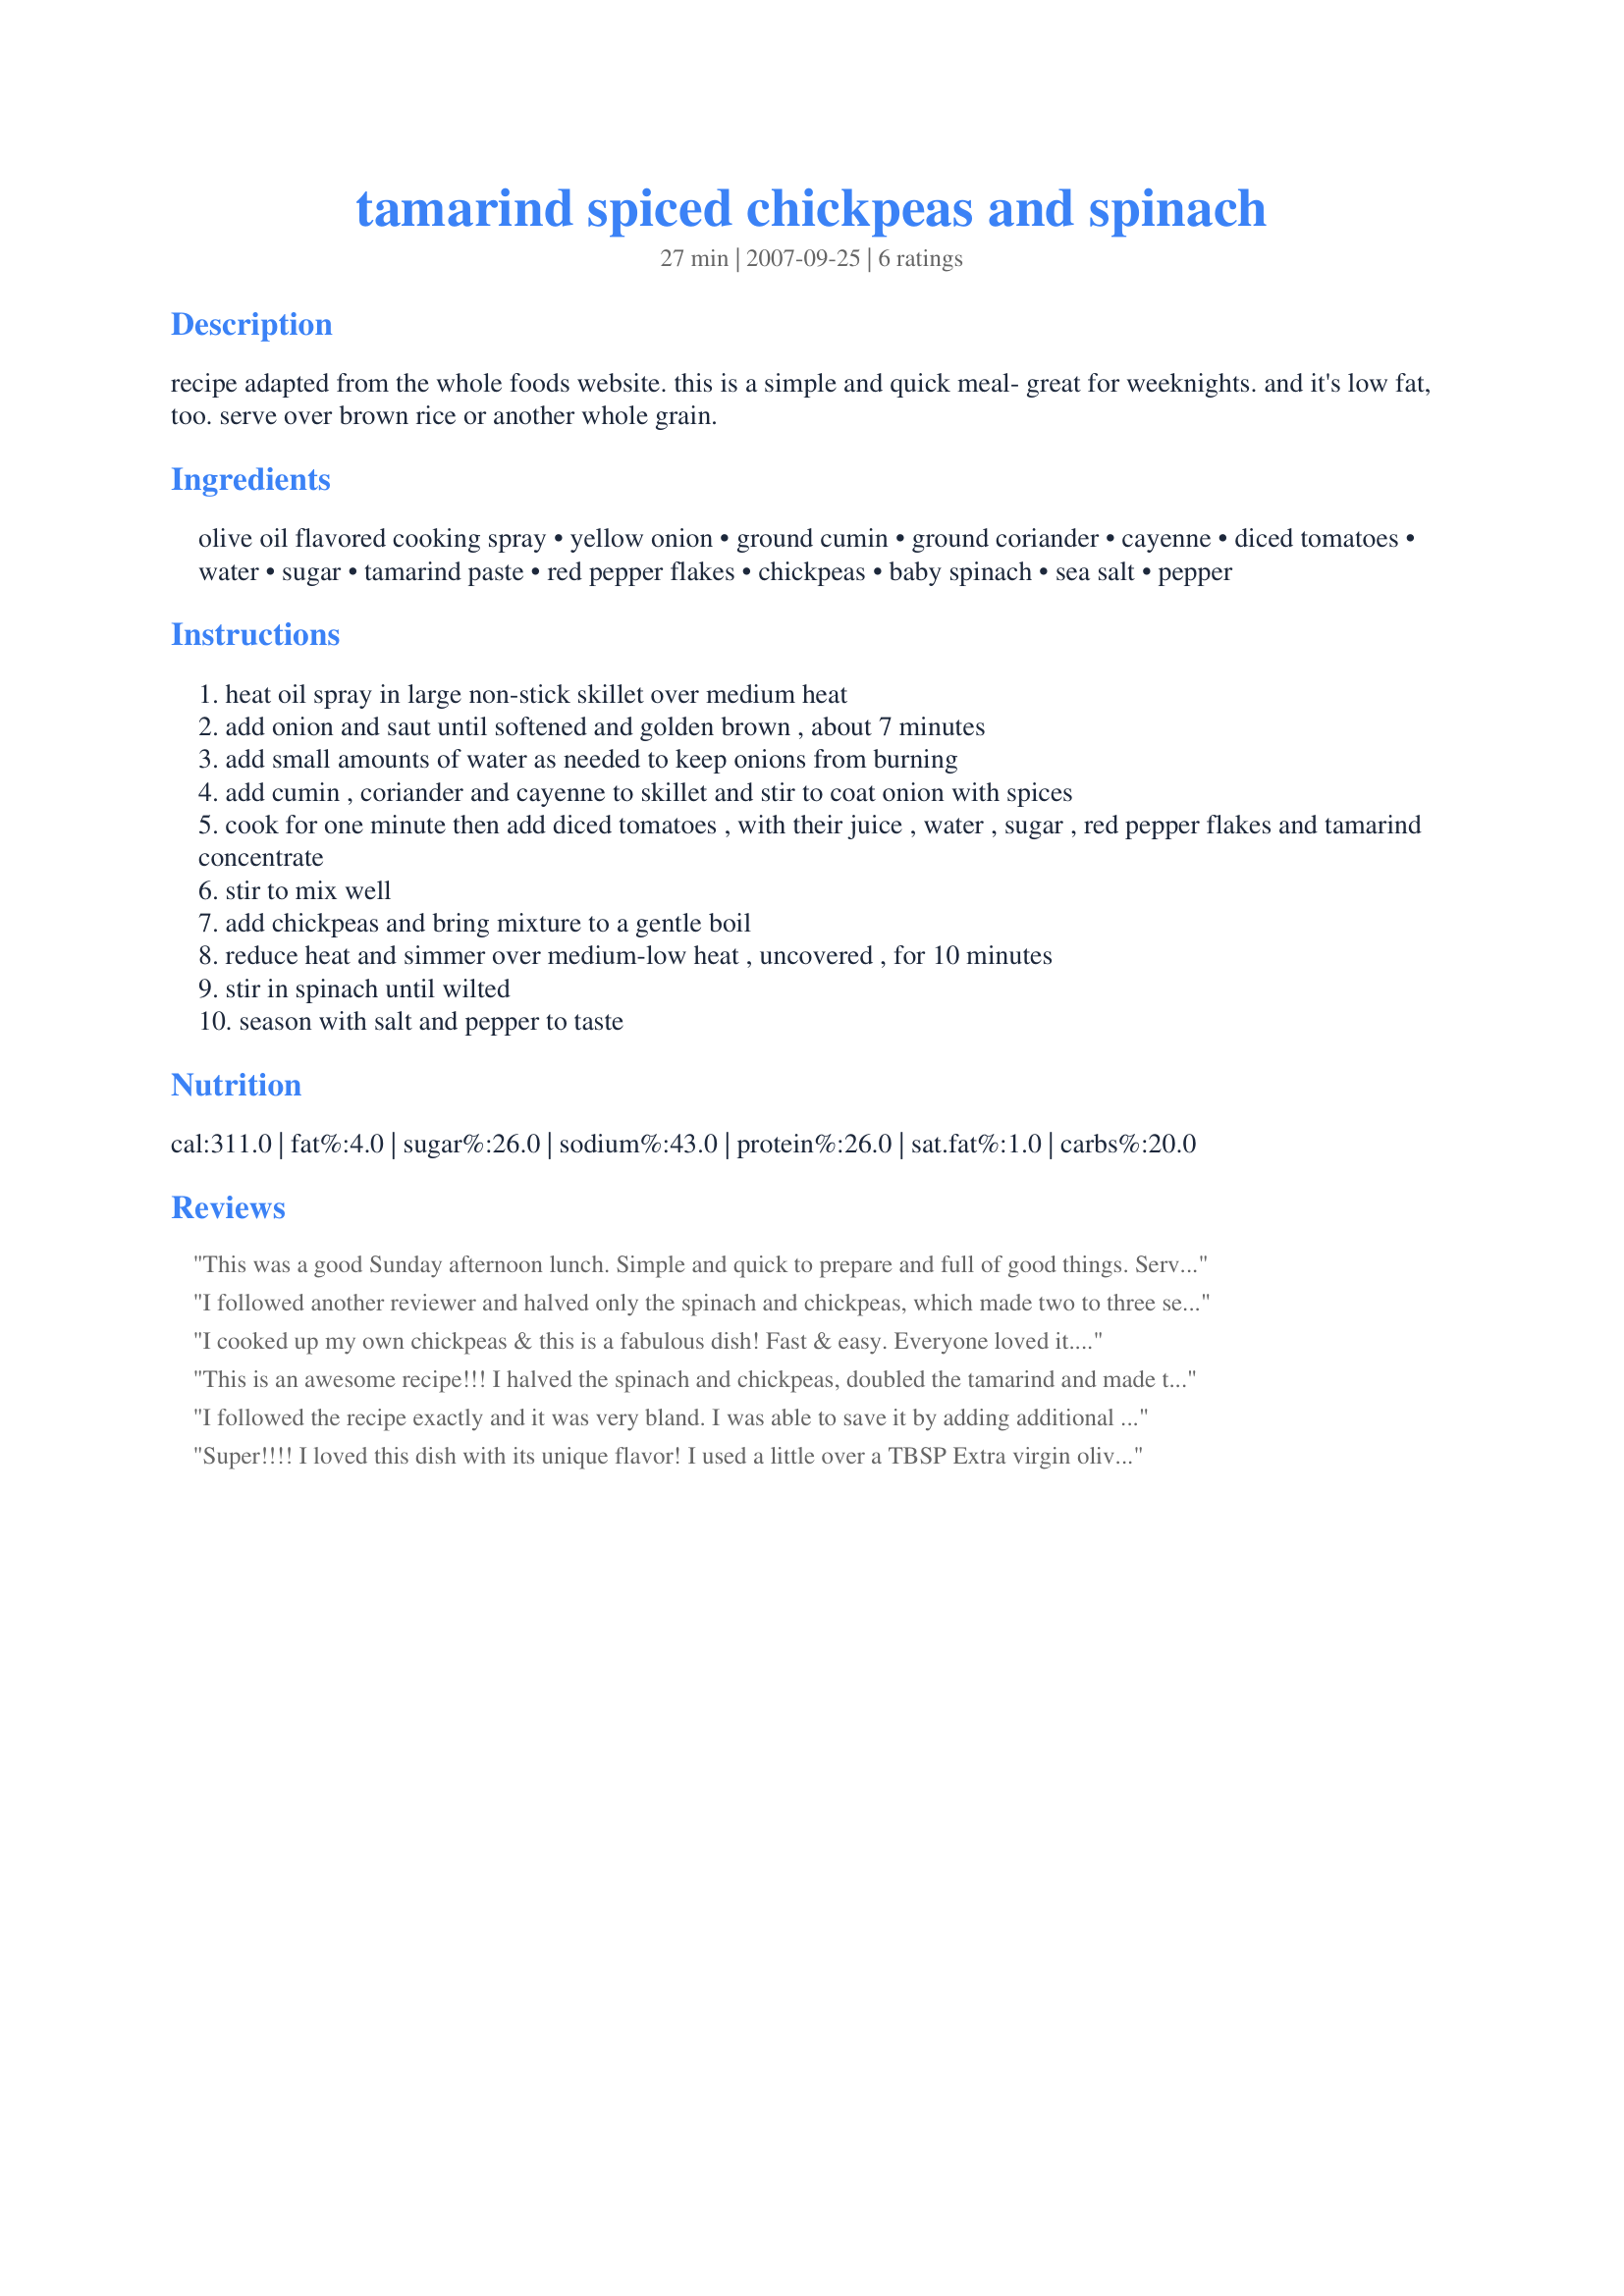
tamarind spiced chickpeas and spinach
Preparation time: 27 minutes

recipe adapted from the whole foods website. this is a simple and quick meal- great for weeknights. and it's low fat, too. serve over brown rice or another whole grain.

Ingredients:
olive oil flavored cooking spray, yellow onion, ground cumin, ground coriander, cayenne, diced tomatoes, water, sugar, tamarind paste, red pepper flakes, chickpeas, baby spinach, sea salt, pepper

Steps:
heat oil spray in large non-stick skillet over medium heat
add onion and saut until softened and golden brown , about 7 minutes
add small amounts of water as needed to keep onions from burning
add cumin , coriander and cayenne to skillet and stir to coat onion with spices
cook for one minute then add diced tomatoes , with their juice , water , sugar , red pepper flakes and tamarind concentrate
stir to mix well
add chickpeas and bring mixture to a gentle boil
reduce heat and simmer over medium-low heat , uncovered , for 10 minutes
stir in spinach until wilted
season with salt and pepper to taste

Reviews:
This was a good Sunday afternoon lunch. Simple and quick to prepare and full of good things. Served over brown rice. Surprisingly bland when reheated the next day. Eat it fresh!
I followed another reviewer and halved only the spinach and chickpeas, which made two to three servings with brown rice. I was glad to have done this - the ratio was just right of spices/sauce. I also used half a tablespoon of canola oil, omitted the water and sugar, and reduced the salt. I have made many chana masalas, but never with tamarind or spinach, and we loved what they brought to it!
I cooked up my own chickpeas & this is a fabulous dish! Fast & easy. Everyone loved it. Frighteningly healthy, too. Made for My 3 Chefs 11/08.
This is an awesome recipe!!! I halved the spinach and chickpeas, doubled the tamarind and made this into two servings without rice. My meat loving husband absolutely devoured this dish. It was so flavourful and satisfying. Very yummy! Thanks AJO! I can always count on you for great veggie recipes.
I followed the recipe exactly and it was very bland. I was able to save it by adding additional ingredients, but as written, the recipe wasn&#039;t very good. There are much better chickpea recipes out there.
Super!!!! I loved this dish with its unique flavor! I used a little over a TBSP Extra virgin olive oil instead of the cooking spray and salted and peppered my onions and cooked them a little bit then added my layers of seasonings.Used my favorite fire-roasted tomatoes and I did not use the water. I used 1/4 tsp cumin because I like it to be subtle in food. Then, after tasting, I added 1 more tsp of tamarind paste because it was not coming through very strong. After another tsp, it really shined in the dish and gave a beautiful deep hue to it as well!! Really liked this recipe, thanks for posting!!
